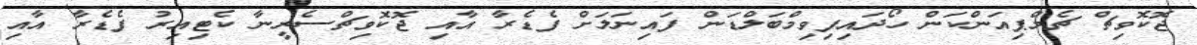
ޖޮކޮވިޗް ޗެމްޕިއަންކަން ހޯދައިފިވިމްބަލްޑަން ފައިނަލަށް ފެޑެރާ އާއި ޖޮކޮވިޗްސެރީނާ ކެޓިއިރު ފެޑެރާ އާއި